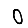
Digit: 0